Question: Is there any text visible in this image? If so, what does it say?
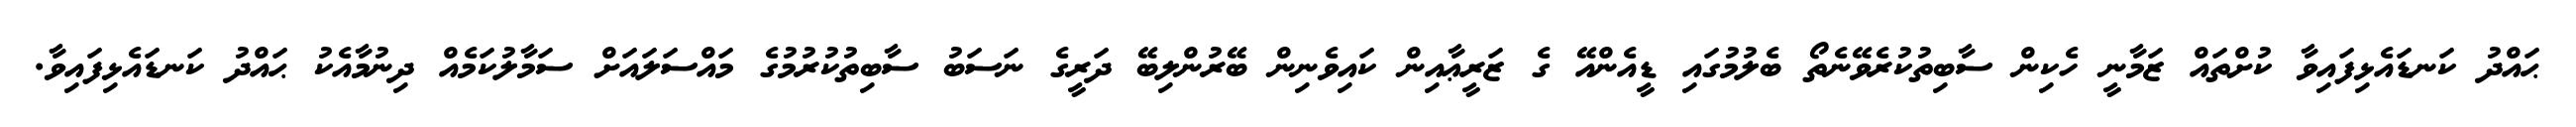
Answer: ޙައްދު ކަނޑައެޅިފައިވާ ކުށްތައް ޒަމާނީ ހެކިން ސާބިތުކުރެވޭނެތޯ ބެލުމުގައި ޑީއެންއޭ ގެ ޒަރީޢާއިން ކައިވެނިން ބޭރުންލިބޭ ދަރީގެ ނަސަބު ސާބިތުކުރުމުގެ މައްސަލައަށް ސަމާލުކަމެއް ދިނުމާއެކު ޙައްދު ކަނޑައެޅިފައިވާ.